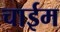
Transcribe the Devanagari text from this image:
चाईम